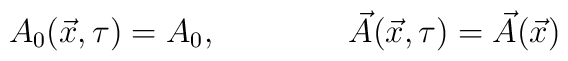
A_0(\vec{x},\tau)=A_0, \qquad\qquad \vec{A}(\vec{x},\tau)=\vec{A}(\vec{x})